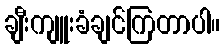
ချီးကျူးခံချင်ကြတာပါ။